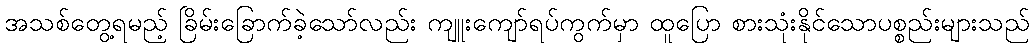
အသစ်တွေ့ရမည့် ခြိမ်းခြောက်ခဲ့သော်လည်း ကျူးကျော်ရပ်ကွက်မှာ ထူပြော စားသုံးနိုင်သောပစ္စည်းများသည်